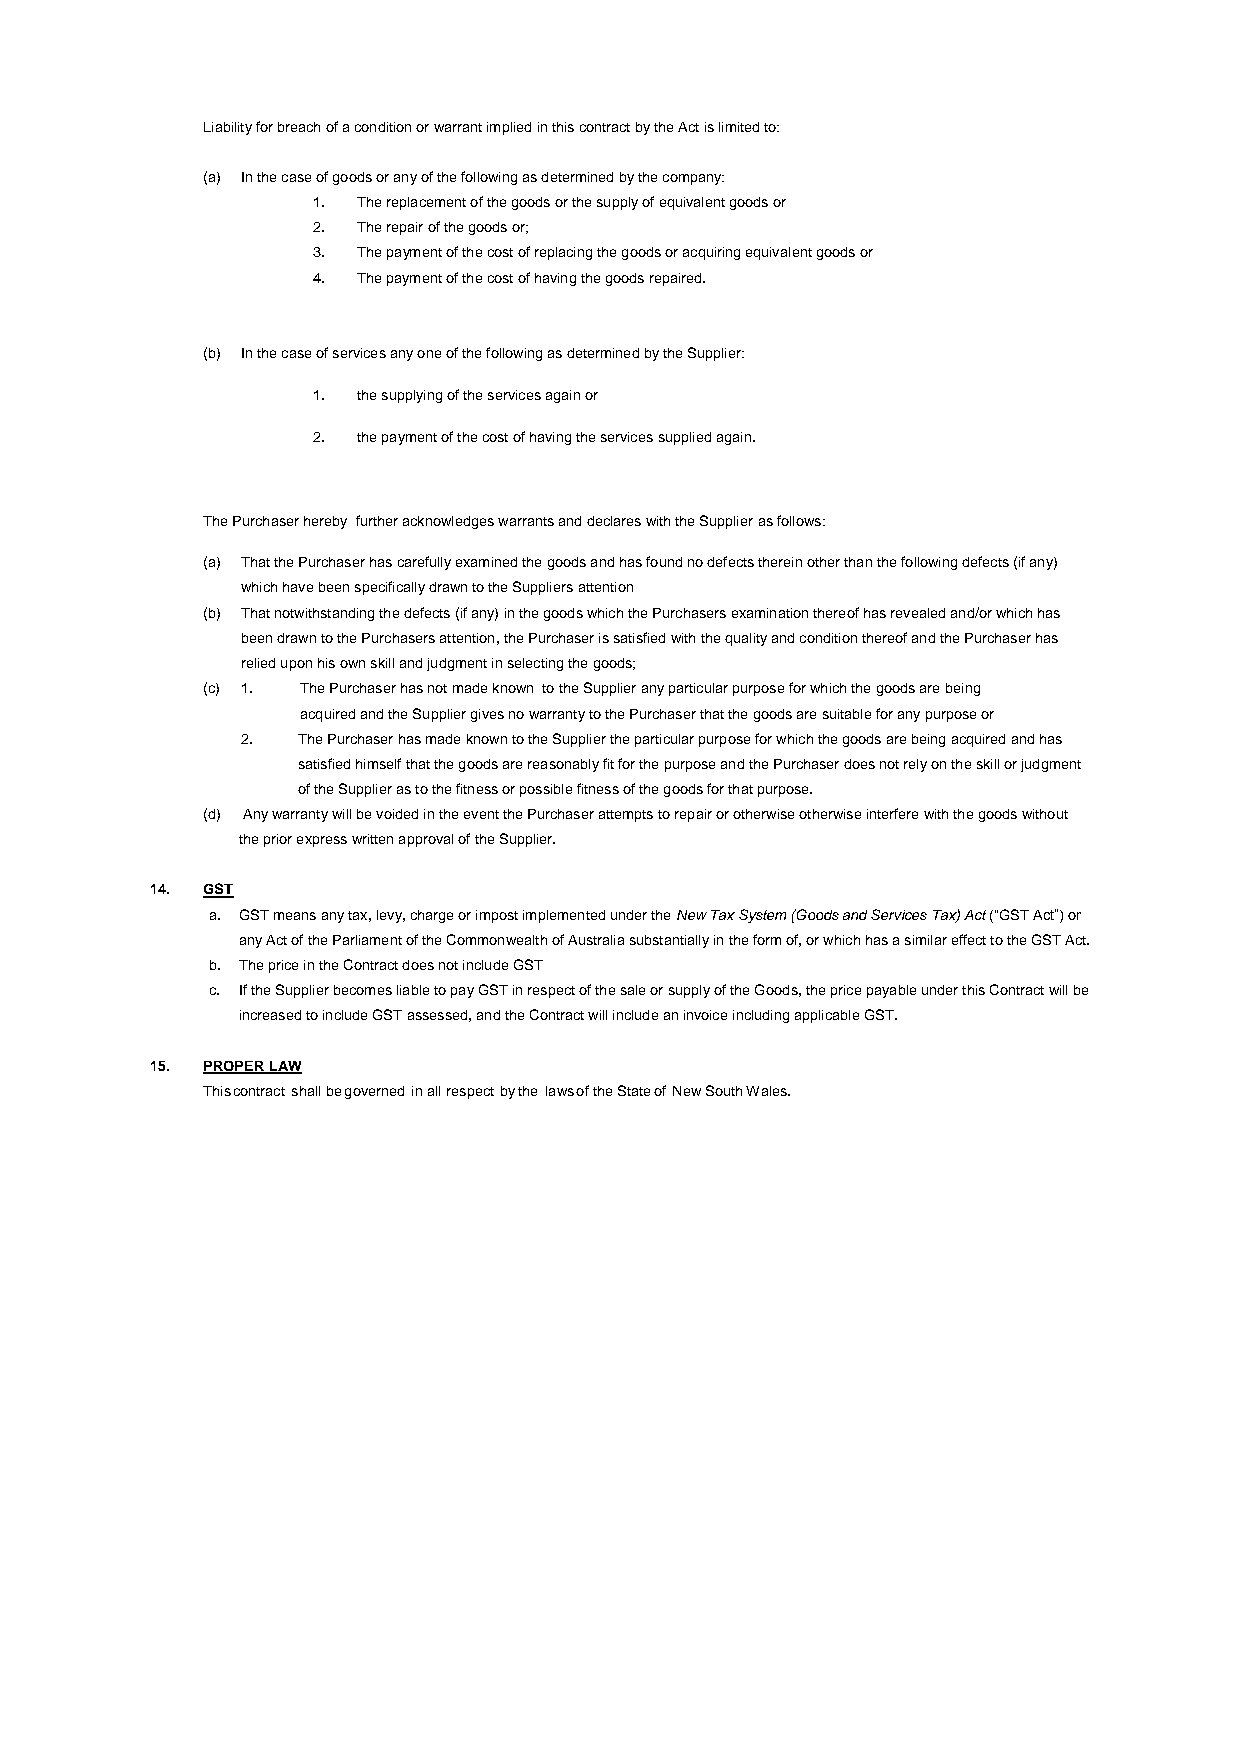
Liability for breach of a condition or warrant implied in this contract by the Act is limited to:
 (a) In the case of goods or any of the following as determined by the company:
 1. The replacement of the goods or the supply of equivalent goods or
 2. The repair of the goods or;
 3. The payment of the cost of replacing the goods or acquiring equivalent goods or
 4. The payment of the cost of having the goods repaired.
 (b) In the case of services any one of the following as determined by the Supplier:
 1. the supplying of the services again or
 2. the payment of the cost of having the services supplied again.
 The Purchaser hereby further acknowledges warrants and declares with the Supplier as follows:
 (a) That the Purchaser has carefully examined the goods and has found no defects therein other than the following defects (if any)
 which have been specifically drawn to the Suppliers attention
 (b) That notwithstanding the defects (if any) in the goods which the Purchasers examination thereof has revealed and/or which has
 been drawn to the Purchasers attention, the Purchaser is satisfied with the quality and condition thereof and the Purchaser has
 relied upon his own skill and judgment in selecting the goods;
 (c) 1. The Purchaser has not made known to the Supplier any particular purpose for which the goods are being
 acquired and the Supplier gives no warranty to the Purchaser that the goods are suitable for any purpose or
 2.  The Purchaser has made known to the Supplier the particular purpose for which the goods are being acquired and has
 satisfied himself that the goods are reasonably fit for the purpose and the Purchaser does not rely on the skill or judgment
 of the Supplier as to the fitness or possible fitness of the goods for that purpose.
 (d) Any warranty will be voided in the event the Purchaser attempts to repair or otherwise otherwise interfere with the goods without
 the prior express written approval of the Supplier.
 14. GST
 a. GST means any tax, levy, charge or impost implemented under the New Tax System (Goods and Services Tax) Act (“GST Act”) or
 any Act of the Parliament of the Commonwealth of Australia substantially in the form of, or which has a similar effect to the GST Act.
 b. The price in the Contract does not include GST
 c. If the Supplier becomes liable to pay GST in respect of the sale or supply of the Goods, the price payable under this Contract will be
 increased to include GST assessed, and the Contract will include an invoice including applicable GST.
 15. PROPER LAW
 This contract shall be governed in all respect by the laws of the State of New South Wales.